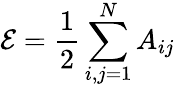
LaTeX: \mathcal{E}=\frac{1}{2}\sum_{i,j=1}^{N}A_{ij}